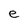
Character: e